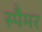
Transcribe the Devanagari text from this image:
स्पैमर